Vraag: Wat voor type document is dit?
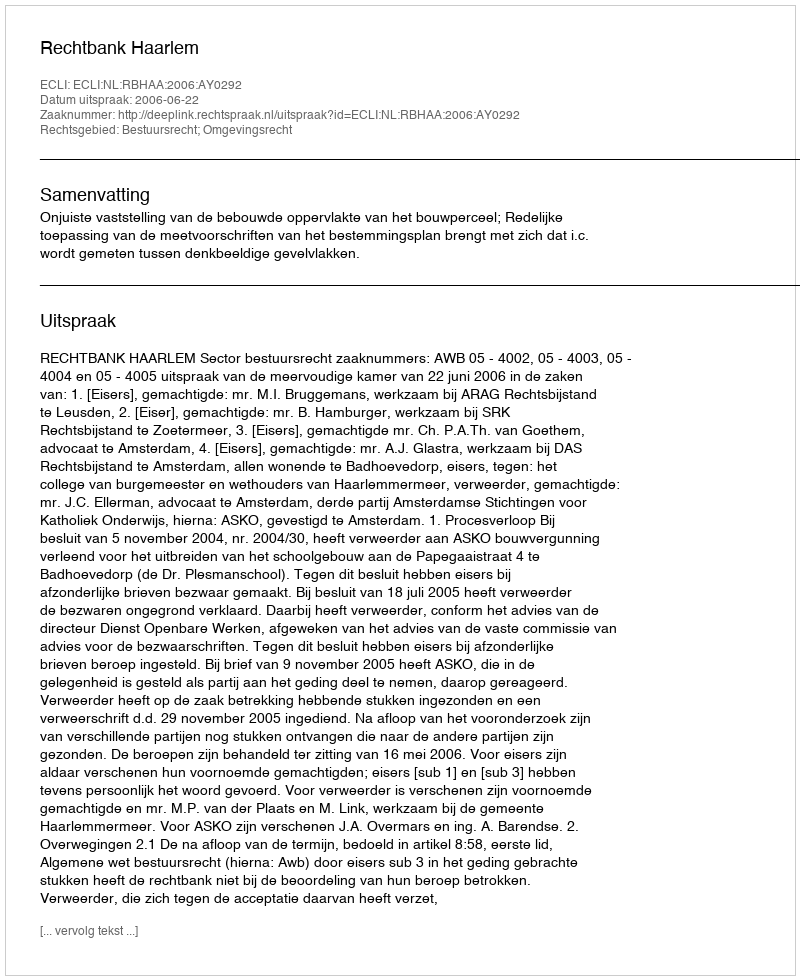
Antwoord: Uitspraak